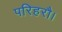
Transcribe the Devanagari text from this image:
परिहरौ।